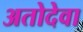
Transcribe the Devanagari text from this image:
अतोदेवा